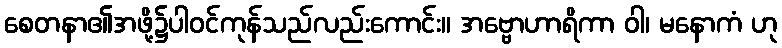
စေတနာ၏အဖို့၌ပါဝင်ကုန်သည်လည်းကောင်း။ အဗ္ဗောဟာရိကာ ဝါ၊ မနောကံ ဟု